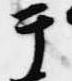
テ